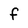
Character: f